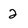
Character: 2